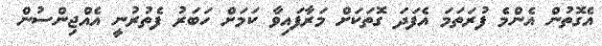
އެގޮތުން އެންމެ ފުރަތަމަ އެފަދަ ގޮތަކަށް މަރާފައިވާ ކަމަށް ހަބަރު ފެތުރުނީ އެއްޖިންސުން